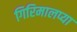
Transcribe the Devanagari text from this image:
गिरिमालप्या